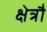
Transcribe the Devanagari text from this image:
क्षेत्रौ